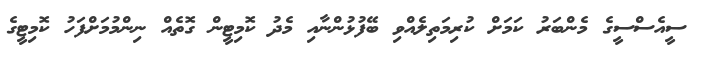
ސީއެސްސީގެ މެންބަރު ކަމަށް ކުރިމަތިލެއްވި ބޭފުޅުންނާއި މެދު ކޮމިޓީން ގޮތެއް ނިންމުމަށްފަހު ކޮމިޓީގެ